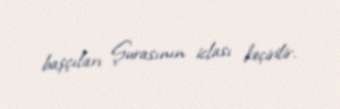
başçıları Şurasının iclası keçirilir.